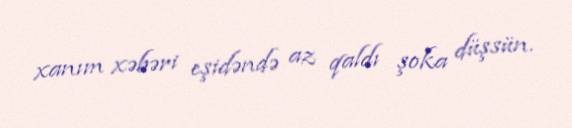
xanım xəbəri eşidəndə az qaldı şoka düşsün.